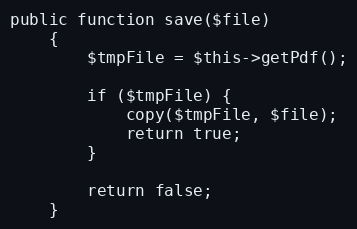
Language: PHP
public function save($file)
    {
        $tmpFile = $this->getPdf();

        if ($tmpFile) {
            copy($tmpFile, $file);
            return true;
        }

        return false;
    }